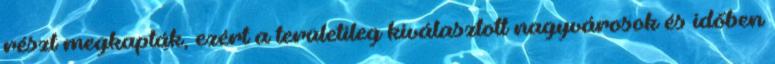
részt megkapták, ezért a területileg kiválasztott nagyvárosok és időben